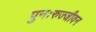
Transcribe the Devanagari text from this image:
पुनःरुज्जीवन